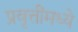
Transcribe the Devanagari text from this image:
प्रवृत्तींमध्ये